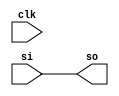
module bs(clk,si,so);
input clk,si;
output so;

reg so,t1,t2;

always@*
begin
so=t2;
t2=t1;

t1=si;
end
endmodule